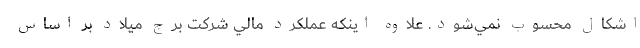
اشكال محسوب نمي‌شود. علاوه اينكه عملكرد مالي شركت برج ميلاد بر اساس